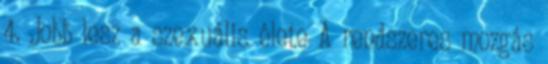
4. Jobb lesz a szexuális élete A rendszeres mozgás